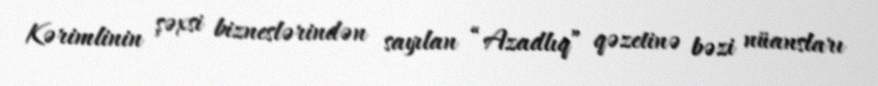
Kərimlinin şəxsi bizneslərindən sayılan “Azadlıq” qəzetinə bəzi nüansları